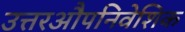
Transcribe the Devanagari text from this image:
उत्तरऔपनिवेशिक